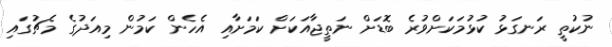
ނުކުތީ ރަނގަޅު ކުޅުމަކަށްވުރެ ބޮޑަށް ނަތީޖާއަކަށް ކަމަށާއި އެހެން ކަމުން މިއަދުގެ މެޗުގައި